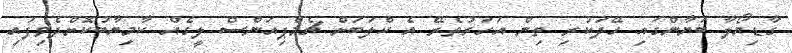
ގާޑިޔޯލާ ބަޔާންގައި ހޭދަކުރި ތިން އަހަރުތެރޭ އެ ކްލަބަށް ޗެމްޕިއަންސް ލީގެއް ކާމިޔާބުކޮށްދެވިފައި